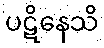
ပဋိနေသိ